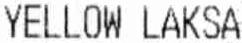
YELLOW LAKSA